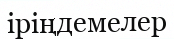
іріңдемелер